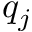
q _ { j }